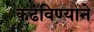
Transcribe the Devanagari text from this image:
कढविण्याने